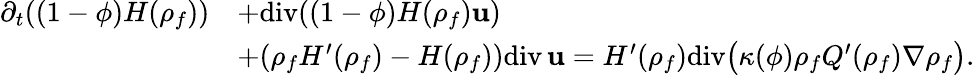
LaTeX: \begin{array}{rl}{\partial_{t}((1-\phi){H}({\rho}_{f}))}&{+\mathrm{div}((1-\phi){H}({\rho}_{f}){\mathbf u})}\\ &{+({\rho}_{f}{H}^{\prime}({\rho}_{f})-{H}({\rho}_{f}))\mathrm{div}\, {\mathbf u}={H}^{\prime}({\rho}_{f})\mathrm{div}\big(\kappa(\phi){\rho}_{f}{Q}^{\prime}({\rho}_{f})\nabla{\rho}_{f}\big).}\end{array}